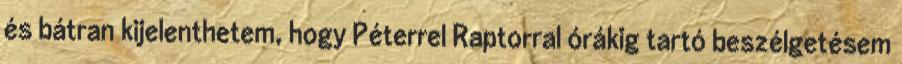
és bátran kijelenthetem, hogy Péterrel Raptorral órákig tartó beszélgetésem